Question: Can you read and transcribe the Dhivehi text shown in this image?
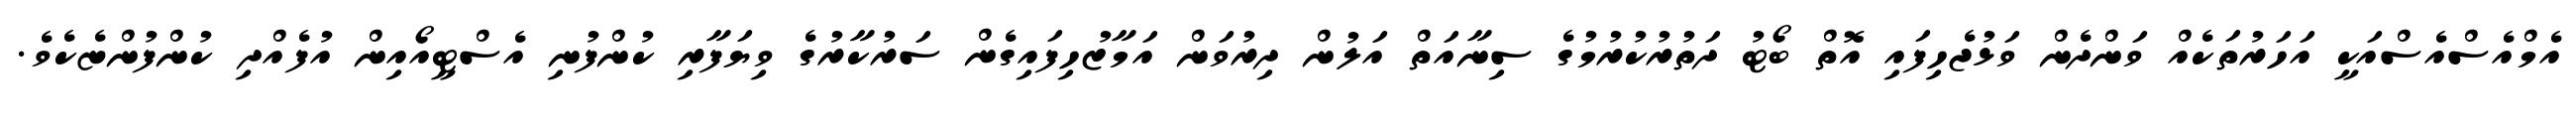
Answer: އެމްއެސްއެސްއަކީ އަހަރުތަކެއް ވަންދެން ވަޅުޖެހިފައި އޮތް ބޯޓު ދަތުރުކުރުމުގެ ސިނާއަތް އަލުން ދިރުވަން އަމާޒުހިފައިގެން ސަރުކާރުގެ ވިޔަފާރި ކުންފުނި އެސްޓީއޯއިން އުފެއްދި ކުންފުންޏެކެވެ.